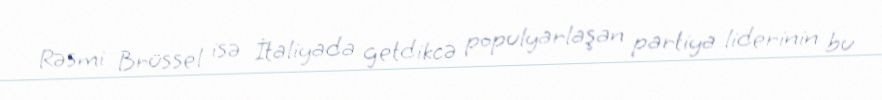
Rəsmi Brüssel isə İtaliyada getdikcə populyarlaşan partiya liderinin bu